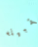
تقبيله